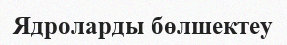
Ядроларды бөлшектеу